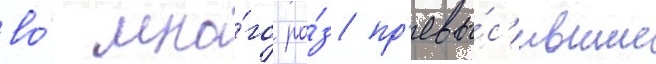
во́ мно́го ра́з пр'евы́с'ившие